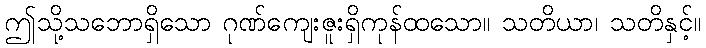
ဤသို့သဘောရှိသော ဂုဏ်ကျေးဇူးရှိကုန်ထသော။ သတိယာ၊ သတိနှင့်။